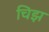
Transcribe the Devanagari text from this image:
चिझ